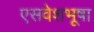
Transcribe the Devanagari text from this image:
एसवेशभूषा